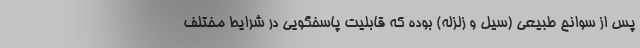
پس از سوانح طبیعی (سیل و زلزله) بوده که قابلیت پاسخگویی در شرایط مختلف